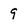
Character: 9